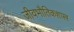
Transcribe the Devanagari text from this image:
जीवभौतिकशास्त्र